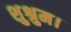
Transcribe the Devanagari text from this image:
शुश्रुम।